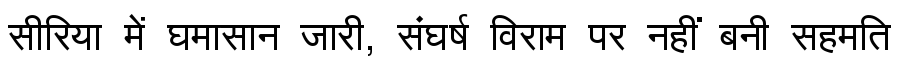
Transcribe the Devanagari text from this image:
सीरिया में घमासान जारी, संघर्ष विराम पर नहीं बनी सहमति